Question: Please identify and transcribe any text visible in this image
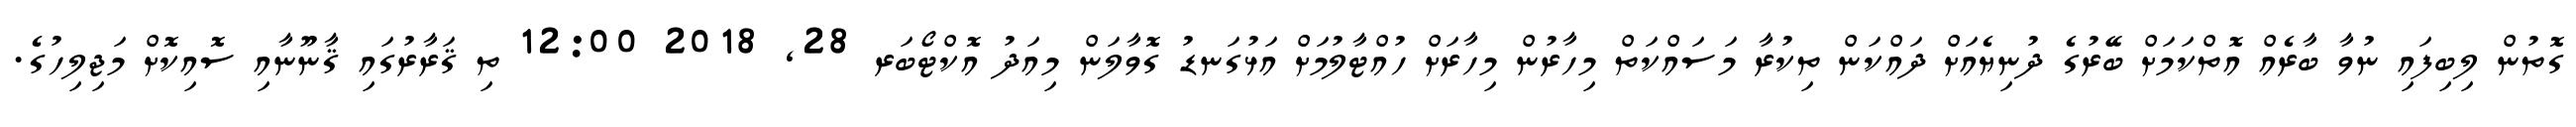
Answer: ގޮތުން ލިބިފައި ނުވާ ބާރެއް އޮތްކަމަށް ބޭރުގެ ދުނިޔެއަށް ދައްކަން ތިކުރާ މަސައްކަތް މިހާރުން މިހާރަށް ހުއްޓާލުމަށް އަޅުގަނޑު ގޮވާލަން މިއަދު އޮކްޓޯބަރ 28, 2018 12:00 ތި ޤަރާރުގައި ޤާނޫނާއި ސޮއިކޮށް މަޖިލިހުގެ.